NASA-UAP-D2, Apollo 17 Transcript, 1972
Agency: NASA
Incident date: 1972
Incident location: Moon
Page 15
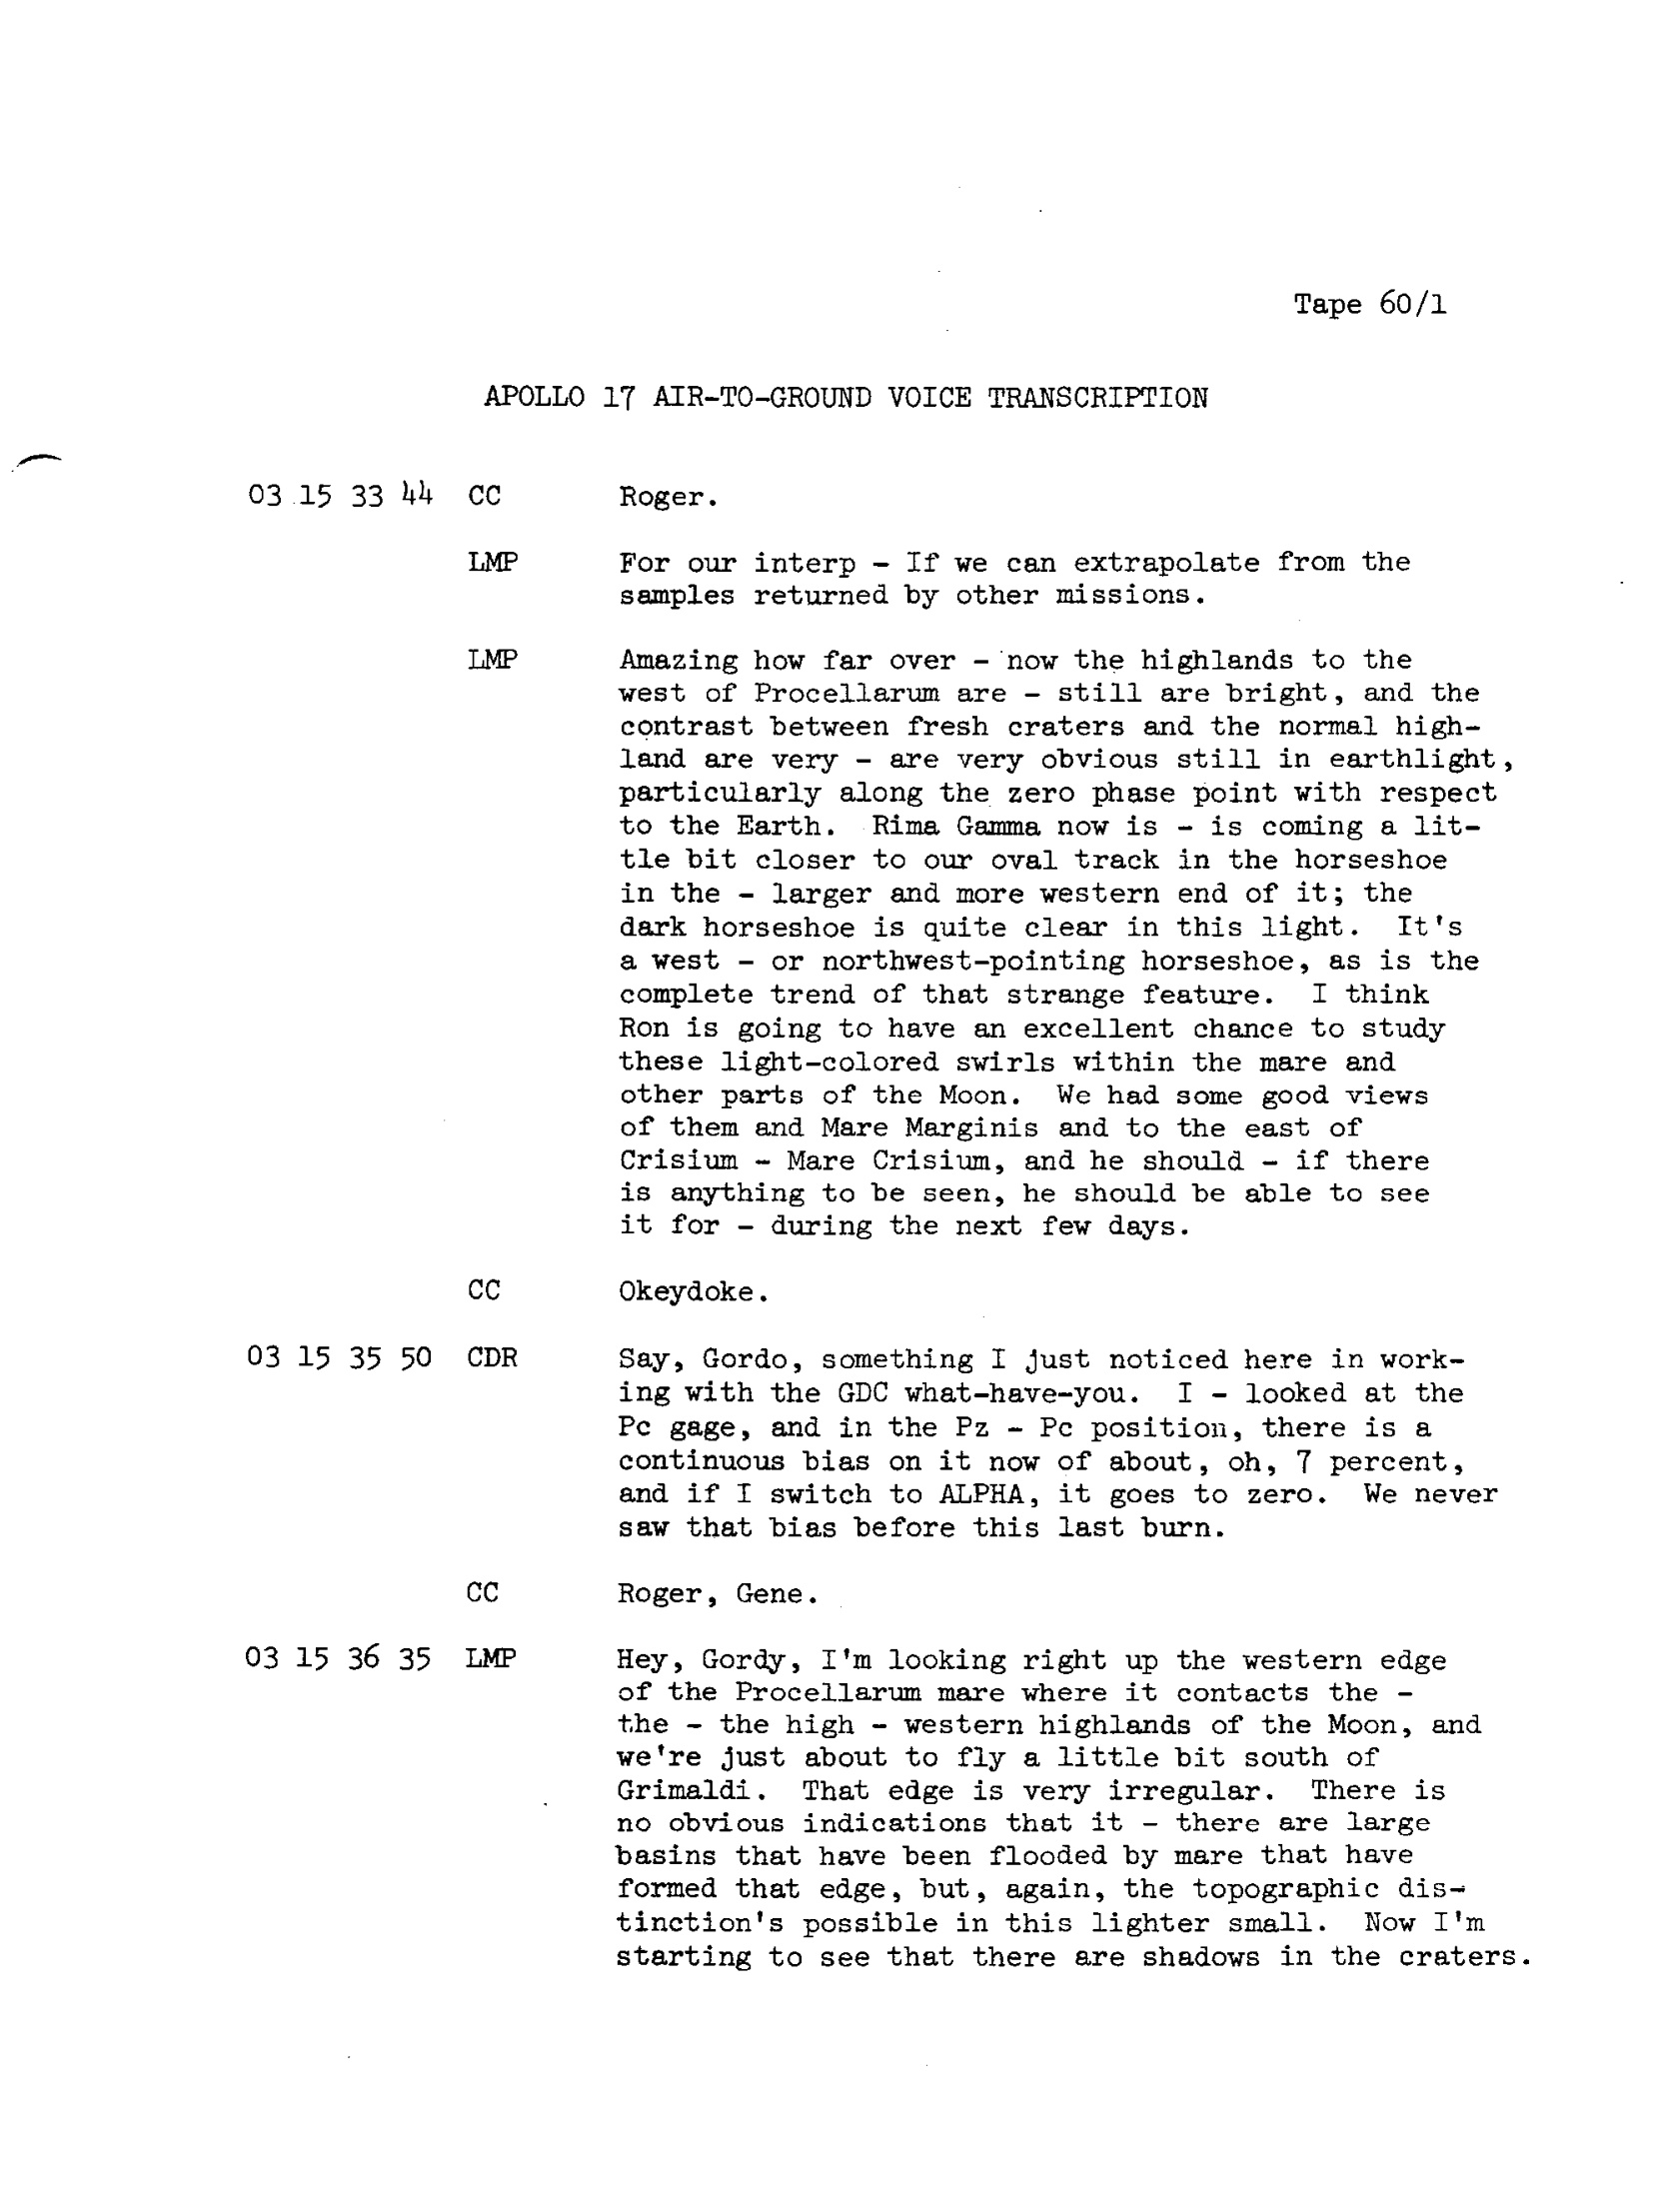